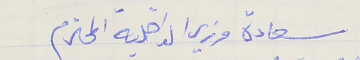
سعادة وزير الداخلية المحترم